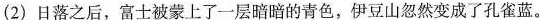
(2)日落之后，富士诚蒙上了一层的骨色，伊豆山忽然变成了孔雀蓝。